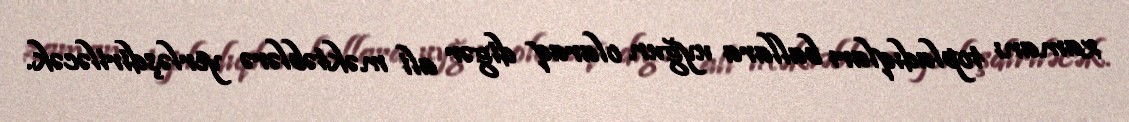
zamanı topladıqları ballara uyğun olaraq digər ali məktəblərə yerləşdiriləcək.